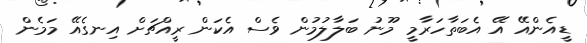
ޑީއެންއޭ އޭ އެބަތާހަރާމީ މޫނު ބަލާލުމުން ވެސް އެކަން ރީއްޗަށް އިނގެއޭ މަމެން